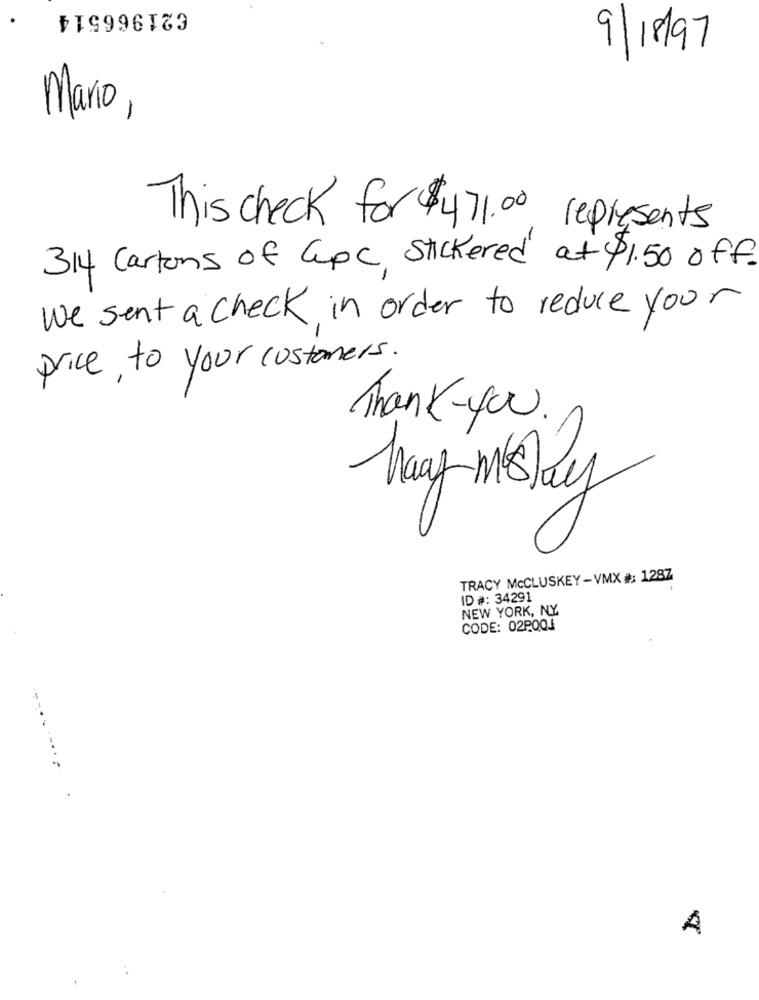
621966514
9/18/97
Mario ,
This check for $471.00 represents
314 Cartons of apc, stickered at $1.50 off.
We sent a check in order to reduce your
price , to your customers .
Thank-you.
May-misky
TRACY MCCLUSKEY -VMX #: 1287
ID #: 34291
NEW YORK, NY
CODE: 02PQQJ
--
..
A